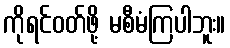
ကိုရင်ဝတ်ဖို့ မစီမံကြပါဘူး။